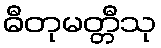
ဓီတုမတ္တီသု